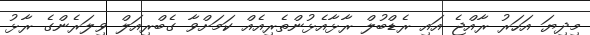
މިދިޔަ އަހަރު ރާއްޖެ އައި ރެޑްބުލް ރާޅާއެޅުންތެރިއެއް ކަމަށްވާ ގެބްރިއަލް ވިލަރެންގެ ރާޅު